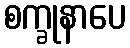
စက္ခုနာပေ